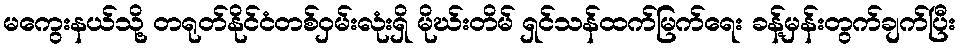
မကွေးနယ်သို့ တရုတ်နိုင်ငံတစ်ဝှမ်းလုံးရှိ မိုဃ်းတိမ် ရှင်သန်ထက်မြက်ရေး ခန့်မှန်းတွက်ချက်ပြီး